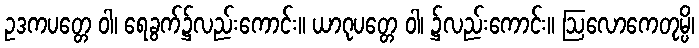
ဥဒကပတ္တေ ဝါ၊ ရေခွက်၌လည်းကောင်း။ ယာဂုပတ္တေ ဝါ၊ ၌လည်းကောင်း။ ဩလောကေတုမ္ပိ၊